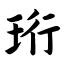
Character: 珩